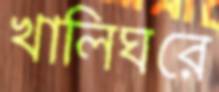
খালিঘরে